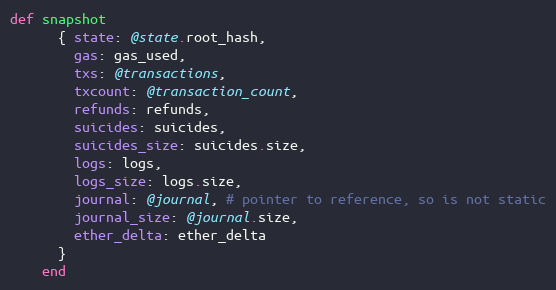
Language: Ruby
def snapshot
      { state: @state.root_hash,
        gas: gas_used,
        txs: @transactions,
        txcount: @transaction_count,
        refunds: refunds,
        suicides: suicides,
        suicides_size: suicides.size,
        logs: logs,
        logs_size: logs.size,
        journal: @journal, # pointer to reference, so is not static
        journal_size: @journal.size,
        ether_delta: ether_delta
      }
    end